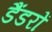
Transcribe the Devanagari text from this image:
डैंडरों